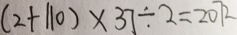
( 2 + 1 1 0 ) \times 3 7 \div 2 = 2 0 7 2